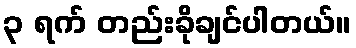
၃ ရက် တည်းခိုချင်ပါတယ်။